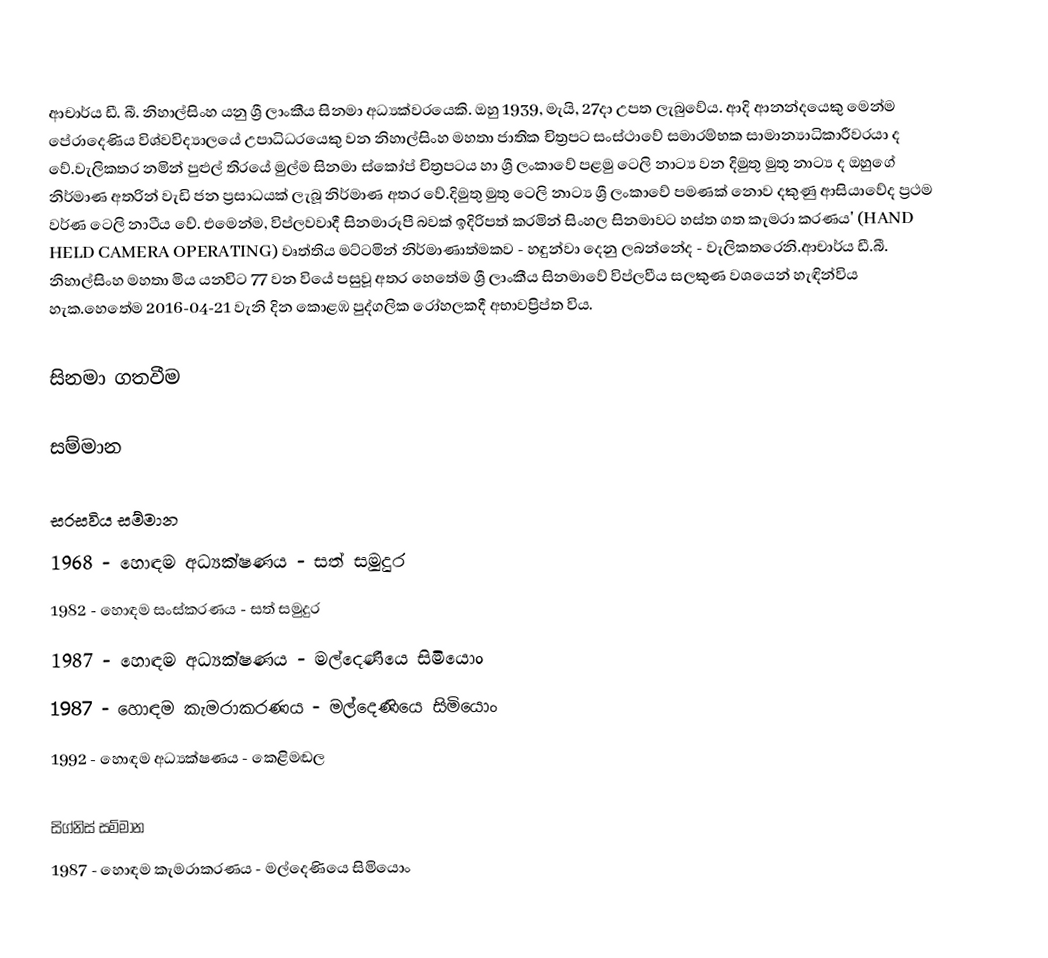
ආචාර්ය ඩී. බී. නිහාල්සිංහ යනු ශ්‍රී ලාංකීය සිනමා අධ්‍යක්වරයෙකි. ඔහු 1939, මැයි, 27දා උපත ලැබුවේය. ආදි ආනන්දයෙකු මෙන්ම පේරාදෙණිය විශ්වවිද්‍යාලයේ උපාධිධරයෙකු වන නිහාල්සිංහ මහතා ජාතික චිත්‍රපට සංස්ථාවේ සමාරම්භක සාමාන්‍යාධිකාරීවරයා ද වේ.වැලි‍කතර නමින් පුළුල් තිරයේ මුල්ම සිනමා ස්කෝප් චිත්‍රපටය හා ශ්‍රී ලංකාවේ පළමු ටෙලි නාට්‍ය වන දිමුතු මුතු නාට්‍ය ද ඔහුගේ නිර්මාණ අතරින් වැඩි ජන ප්‍රසාධයක් ලැබූ නිර්මාණ අතර වේ.දිමුතු මුතු ටෙලි නාට්‍ය ශ්‍රී ලංකාවේ පමණක් නොව දකුණු ආසියාවේද ප්‍රථම වර්ණ ටෙලි නාටීය වේ. එමෙන්ම, විප්ලවවාදී සිනමාරූපී බවක්‌ ඉදිරිපත් කරමින් සිංහල සිනමාවට හස්‌ත ගත කැමරා කරණය' (HAND HELD CAMERA OPERATING) වෘත්තිය මට්‌ටමින් නිර්මාණාත්මකව - හඳුන්වා දෙනු ලබන්නේද - වැලිකතරෙනි.ආචාර්ය ඩී.බී. නිහාල්සිංහ මහතා මිය යනවිට 77 වන වියේ පසුවූ අතර හෙතේම ශ්‍රී ලාංකීය සිනමාවේ විප්ලවීය සලකුණ වශයෙන් හැඳින්විය හැක.හෙතේම 2016-04-21 වැනි දින කොළඹ පුද්ගලික රෝහලකදී අභාවප්‍රිප්ත විය.

සිනමා ගතවීම

සම්මාන

සරසවිය සම්මාන
1968 - හොඳම අධ්‍යක්ෂණය - සත් සමුදුර
1982 - හොඳම සංස්කරණය - සත් සමුදුර
1987 - හොඳම අධ්‍යක්ෂණය - මල්දෙණියෙ සිමියොං
1987 - හොඳම කැමරාකරණය - මල්දෙණියෙ සිමියොං
1992 - හොඳම අධ්‍යක්ෂණය - කෙළිමඬල

සිග්නිස් සම්මාන
1987 - හොඳම කැමරාකරණය - මල්දෙණියෙ සිමියොං